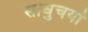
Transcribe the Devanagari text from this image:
साधुचर्या